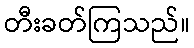
တီးခတ်ကြသည်။